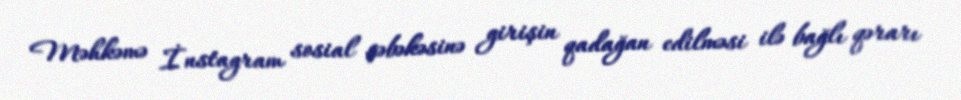
Məhkəmə İnstagram sosial şəbəkəsinə girişin qadağan edilməsi ilə bağlı qərarı